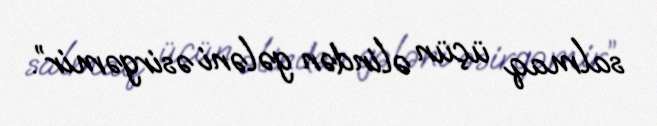
salmaq üçün əlindən gələni əsirgəmir”.